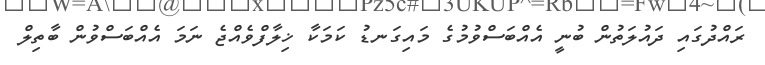
ރައްދުގައި ދައުލަތުން ބުނީ އެއްބަސްވުމުގެ މައިގަނޑު ކަމަކާ ޚިލާފްވެއްޖެ ނަމަ އެއްބަސްވުން ބާތިލް